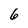
Character: 6